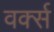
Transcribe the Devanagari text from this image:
वर्क्स